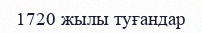
1720 жылы туғандар